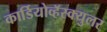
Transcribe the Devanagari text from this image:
कार्डियोव्हॅस्क्युलर